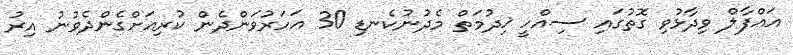
އައްފާލް ވިދާޅުވި ގޮތުގައި ސިއްހީ ޚިދުމަތް މެދުނުކެނޑި 30 އަހަރުވަންދެން ކުރިއަށްގެންދެވުނު އިރު